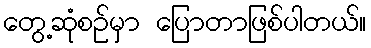
တွေ့ဆုံစဉ်မှာ ပြောတာဖြစ်ပါတယ်။